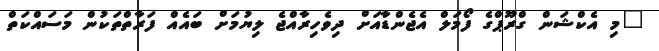
"މި އެކްޝަން ގްރޫޕްގެ ފޯމަލް އެޖެންޑާއަށް ދިވެހިރާއްޖެ ލިޔުމަށް ބައެއް ފަރާތްތަކުން މަސައްކަތް